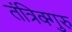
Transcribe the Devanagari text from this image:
तंत्रिक्गुरु